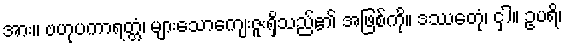
အား။ ဗဟုပကာရတ္တံ၊ များသောကျေးဇူးရှိသည်၏ အဖြစ်ကို။ ဒဿေတုံ၊ ငှါ။ ဥပရိ၊